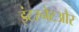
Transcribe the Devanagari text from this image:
इंटरनेटऔर